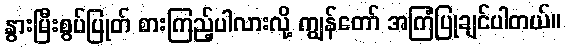
နွားမြီးစွပ်ပြုတ် စားကြည့်ပါလားလို့ ကျွန်တော် အကြံပြုချင်ပါတယ်။